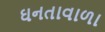
ઘનતાવાળા